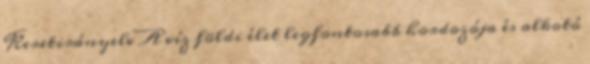
Keretirányelv A víz földi élet legfontosabb hordozója és alkotó